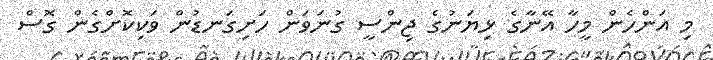
މި އަންހެން މީހާ އޭނާގެ ޅިޔަނުގެ ޖިންސީ ގުނަވަން ހަށިގަނޑުން ވަކިކޮށްގެން ގޮޮސް